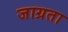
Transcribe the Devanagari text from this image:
जाग्रता